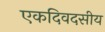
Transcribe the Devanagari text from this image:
एकदिवदसीय